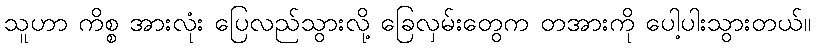
သူဟာ ကိစ္စ အားလုံး ပြေလည်သွားလို့ ခြေလှမ်းတွေက တအားကို ပေါ့ပါးသွားတယ်။